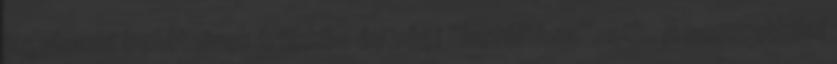
jegybanki betéteinek trükkös év végi “beváltása”, stb. A nemzetközi